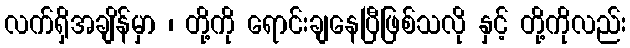
လက်ရှိအချိန်မှာ ၊ တို့ကို ရောင်းချနေပြီဖြစ်သလို နှင့် တို့ကိုလည်း